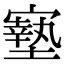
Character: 𡫓